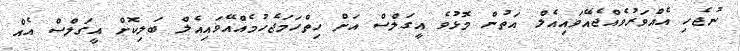
ނުޖެހި އެއްވަރުވެއްޖެއޭވައިއެލް އަތުން މޮޅުވެ އީގަލްސް އަށް ހިތްހަމަޖެހުމެއްއޭވައިއެލް ބަލިކޮށް އީގަލްސް އެއް